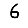
Digit: 6